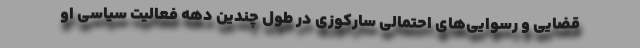
قضایی و رسوایی‌های احتمالی سارکوزی در طول چندین دهه فعالیت سیاسی او